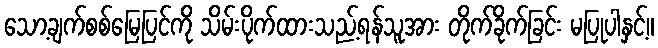
သော့ချက်စစ်မြေပြင်ကို သိမ်းပိုက်ထားသည့်ရန်သူအား တိုက်ခိုက်ခြင်း မပြုပါနှင့်။